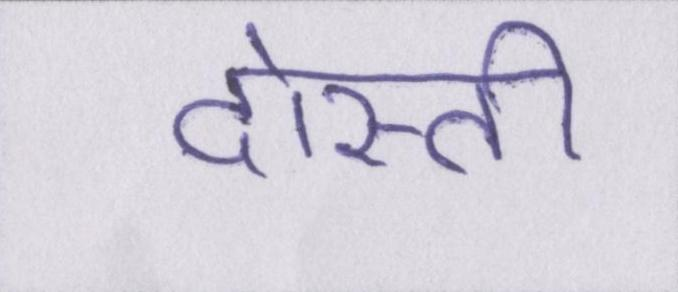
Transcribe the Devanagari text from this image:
दोस्ती